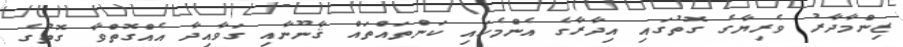
ޒިންމާދާރު ވެރިޔާގެ ގޮތުގައި އިދާރާގެ އެންމެހައި ކަންތައްތައް ޤާނޫނާއި ގަވާއިދާ އެއްގޮތްވާ ގޮތުގެ